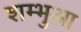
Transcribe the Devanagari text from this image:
शम्भुआ